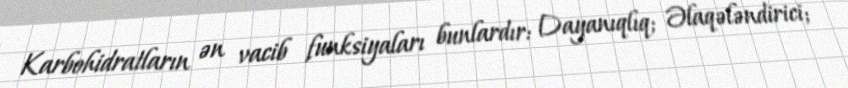
Karbohidratların ən vacib funksiyaları bunlardır: Dayanıqlıq; Əlaqələndirici;